Indian journal of veterinary science and animal husbandry - Volume 6,
Year: 1936
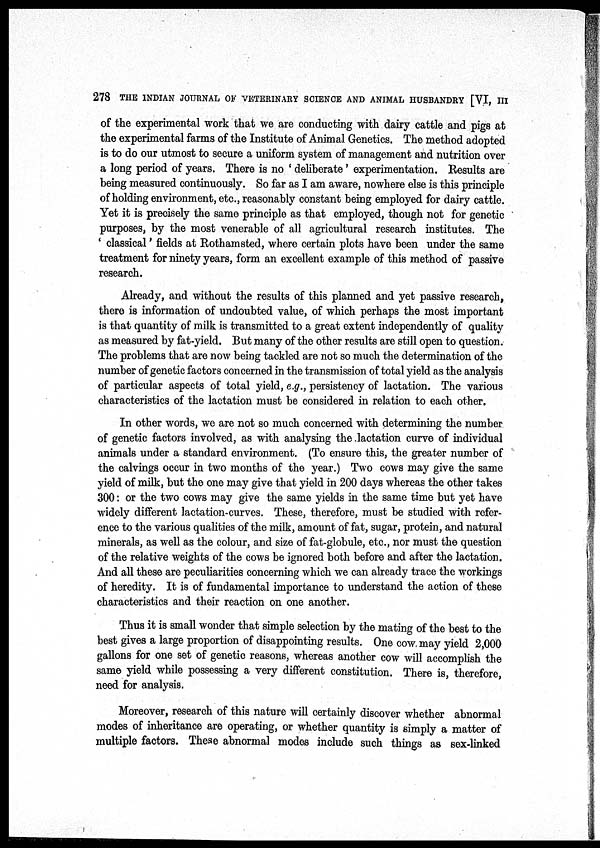
278 THE INDIAN JOURNAL OF VETERINARY SCIENCE AND ANIMAL HUSBANDRY [VI, III
of the experimental work that we are conducting with dairy cattle and pigs at
the experimental farms of the Institute of Animal Genetics. The method adopted
is to do our utmost to secure a uniform system of management and nutrition over
a long period of years. There is no ' deliberate' experimentation. Results are
being measured continuously. So far as I am aware, nowhere else is this principle
of holding environment, etc., reasonably constant being employed for dairy cattle.
Yet it is precisely the same principle as that employed, though not for genetic
purposes, by the most venerable of all agricultural research institutes. The
' classical ' fields at Rothamsted, where certain plots have been under the same
treatment for ninety years, form an excellent example of this method of passive
research.
Already, and without the results of this planned and yet passive research,
there is information of undoubted value, of which perhaps the most important
is that quantity of milk is transmitted to a great extent independently of quality
as measured by fat-yield. But many of the other results are still open to question.
The problems that are now being tackled are not so much the determination of the
number of genetic factors concerned in the transmission of total yield as the analysis
of particular aspects of total yield, e.g., persistency of lactation. The various
characteristics of the lactation must be considered in relation to each other.
In other words, we are not so much concerned with determining the number
of genetic factors involved, as with analysing the lactation curve of individual
animals under a standard environment. (To ensure this, the greater number of
the calvings occur in two months of the year.) Two cows may give the same
yield of milk, but the one may give that yield in 200 days whereas the other takes
300: or the two cows may give the same yields in the same time but yet have
widely different lactation-curves. These, therefore, must be studied with refer-
ence to the various qualities of the milk, amount of fat, sugar, protein, and natural
minerals, as well as the colour, and size of fat-globule, etc., nor must the question
of the relative weights of the cows be ignored both before and after the lactation.
And all these are peculiarities concerning which we can already trace the workings
of heredity. It is of fundamental importance to understand the action of these
characteristics and their reaction on one another.
Thus it is small wonder that simple selection by the mating of the best to the
best gives a large proportion of disappointing results. One cow may yield 2,000
gallons for one set of genetic reasons, whereas another cow will accomplish the
same yield while possessing a very different constitution. There is, therefore,
need for analysis.
Moreover, research of this nature will certainly discover whether abnormal
modes of inheritance are operating, or whether quantity is simply a matter of
multiple factors. These abnormal modes include such things as sex-linked